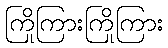
ကြိုကြားကြိုကြား